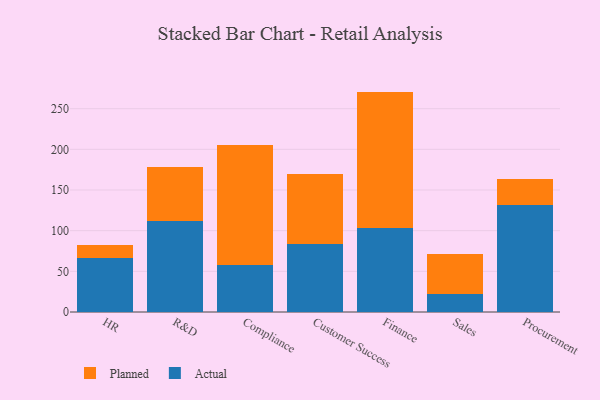
{"axis": {"x": "Department", "y": "Temperature (°C)"}, "legend": ["Actual", "Planned"], "data": [{"x": "HR", "y": 66.0, "type": "Actual"}, {"x": "HR", "y": 16.6, "type": "Planned"}, {"x": "R&D", "y": 111.4, "type": "Actual"}, {"x": "R&D", "y": 67.0, "type": "Planned"}, {"x": "Compliance", "y": 57.2, "type": "Actual"}, {"x": "Compliance", "y": 148.2, "type": "Planned"}, {"x": "Customer Success", "y": 83.5, "type": "Actual"}, {"x": "Customer Success", "y": 85.6, "type": "Planned"}, {"x": "Finance", "y": 102.9, "type": "Actual"}, {"x": "Finance", "y": 168.1, "type": "Planned"}, {"x": "Sales", "y": 22.5, "type": "Actual"}, {"x": "Sales", "y": 48.9, "type": "Planned"}, {"x": "Procurement", "y": 131.2, "type": "Actual"}, {"x": "Procurement", "y": 32.5, "type": "Planned"}]}